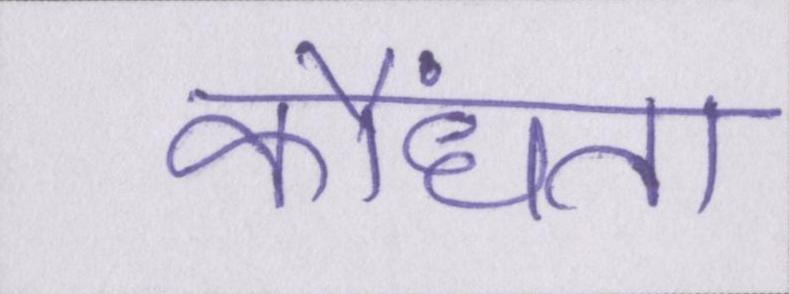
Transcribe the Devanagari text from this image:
कौंधता